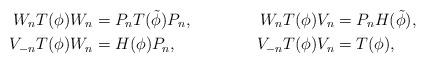
LaTeX: \begin{align*}W_n T(\phi) W_n &= P_n T(\tilde{\phi})P_n, &W_n T(\phi) V_n &= P_n H(\tilde{\phi}),\\V_{-n} T(\phi) W_n &= H(\phi) P_n ,& V_{-n} T(\phi) V_n &= T(\phi),\end{align*}